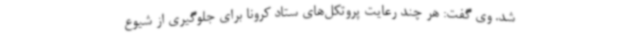
شد. وی گفت: هر چند رعایت پروتکل‌های ستاد کرونا برای جلوگیری از شیوع